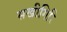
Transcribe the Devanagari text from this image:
सखीगिरि